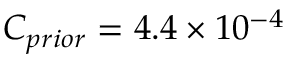
C _ { p r i o r } = 4 . 4 \times 1 0 ^ { - 4 }